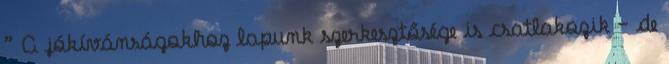
” A jókívánságokhoz lapunk szerkesztősége is csatlakozik – de